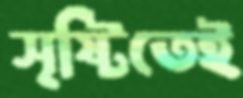
সৃষ্টিতেই